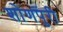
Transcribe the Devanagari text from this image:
शोणपुरी